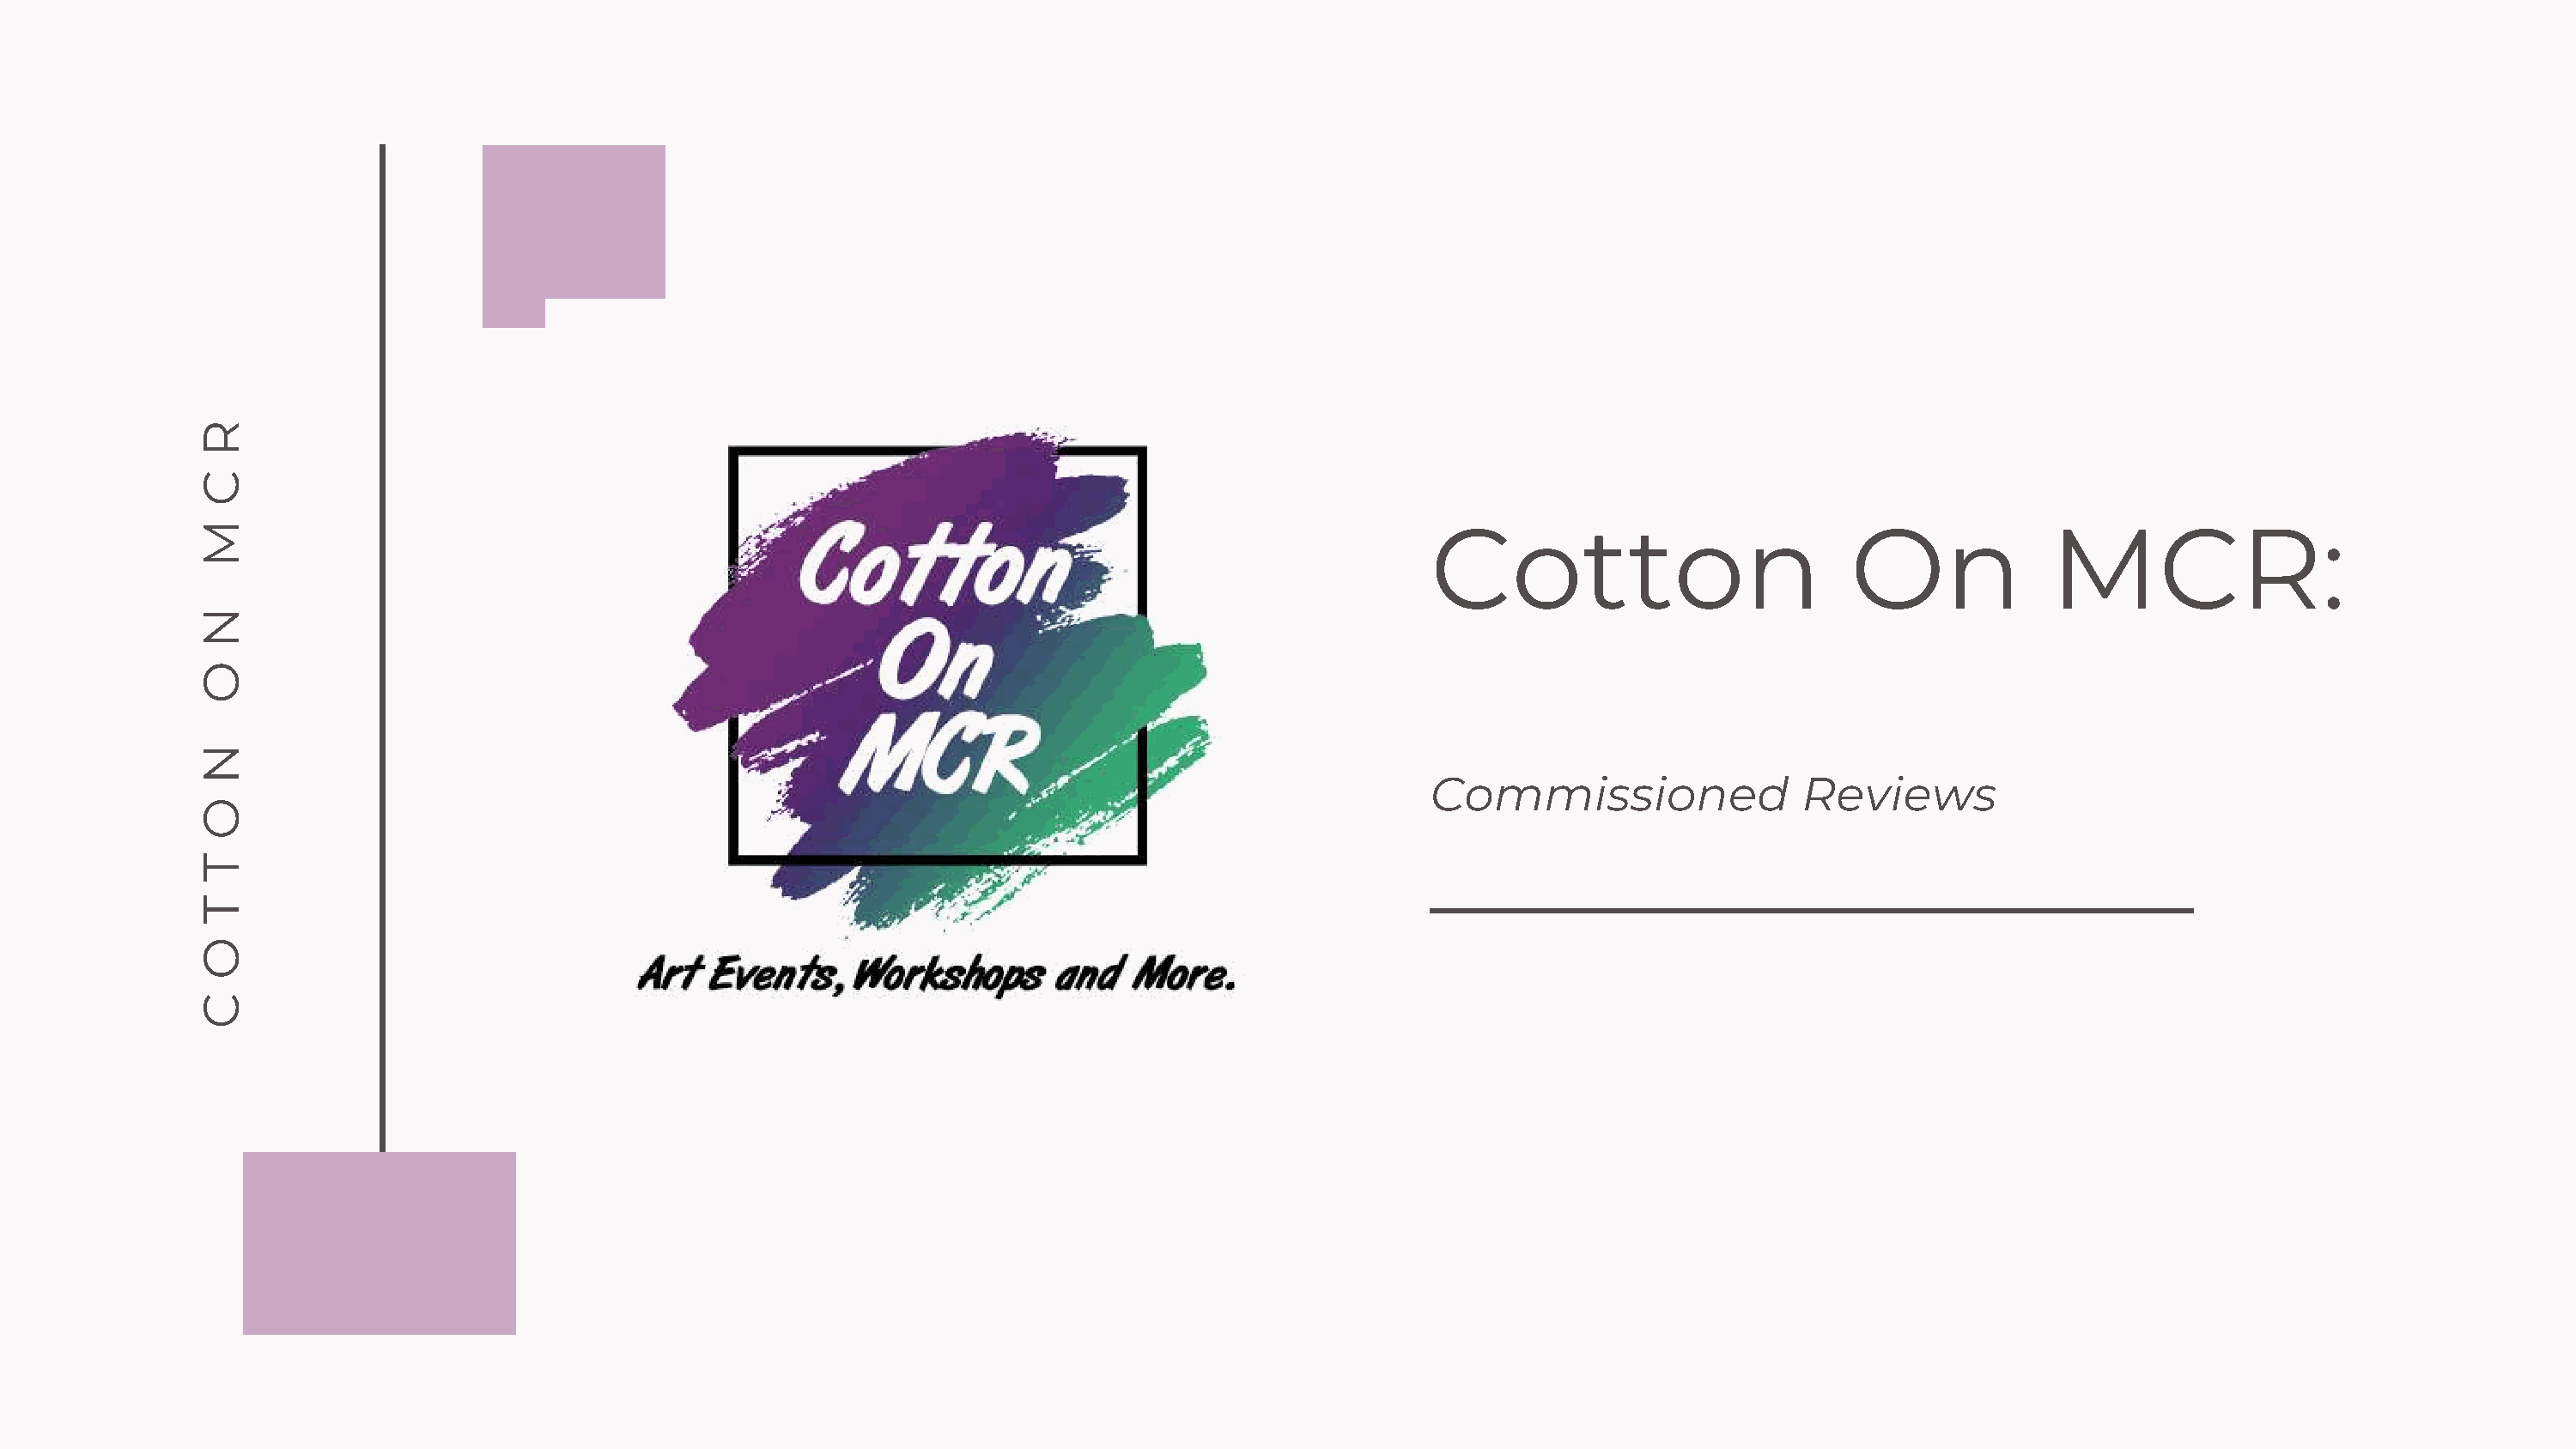
R
 C
 M                                                                                             Cotton                           On             MCR:
 N
 O
 N
 Commissioned                 Reviews
 O
 T
 T
 O
 C